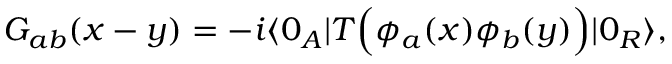
G _ { a b } ( x - y ) = - i \langle 0 _ { A } | T \Big ( \phi _ { a } ( x ) \phi _ { b } ( y ) \Big ) | 0 _ { R } \rangle ,